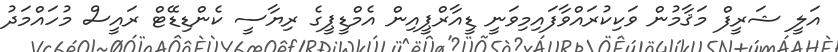
އަލީ ޝަރީފް މަޤާމުން ވަކިކުރައްވާފައިމިވަނީ ޑީއާރްޕީއިން އެމްޑީޕީގެ ރިޔާސީ ކެންޑިޑޭޓް ރައީސް މުހައްމަދު